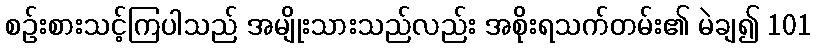
စဉ်းစားသင့်ကြပါသည် အမျိုးသားသည်လည်း အစိုးရသက်တမ်း၏ မဲချ၍ 101